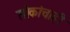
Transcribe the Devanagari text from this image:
लोकांचाही